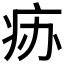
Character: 𰣧